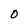
Character: O